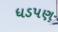
ધડપણ